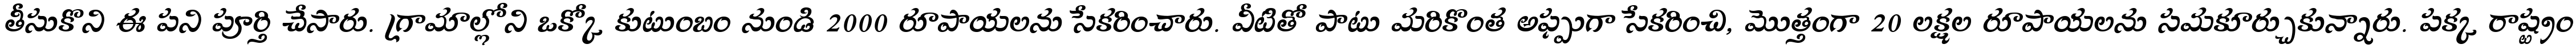
తీసుకొని ఈ పని పూర్తి చేసారు. గ్రామాల్లోని ఒక్కో కుటుంబం నుండి 2000 రూపాయలను సేకరించారు. వీటితో పాటు మరికొంత అప్పుగా సేకరించి, మొత్తంగా 20 లక్షల రూపాయలను సమకూర్చుకున్నారు. పక్క రాష్ట్రం